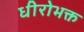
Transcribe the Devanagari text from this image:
धीरोभक्त